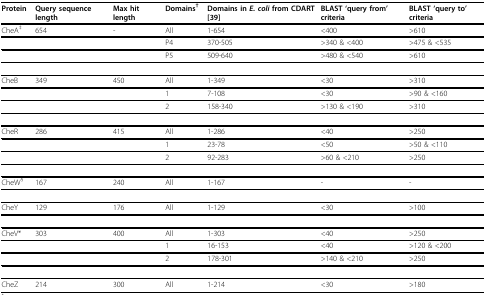
<table><thead><tr><td><b>Protein</b></td><td><b>Query sequence length</b></td><td><b>Max hit length</b></td><td><b>Domains<sup>†</sup></b></td><td><b>Domains in <i>E. coli </i>from CDART [39]</b></td><td><b>BLAST &#x27;query from&#x27; criteria</b></td><td><b>BLAST &#x27;query to&#x27; criteria</b></td></tr></thead><tbody><tr><td>CheA<sup>‡</sup></td><td>654</td><td>-</td><td>All</td><td>1-654</td><td>&lt;400</td><td>&gt;610</td></tr><tr><td></td><td></td><td></td><td>P4</td><td>370-505</td><td>&gt;340 &amp; &lt;400</td><td>&gt;475 &amp; &lt;535</td></tr><tr><td></td><td></td><td></td><td>P5</td><td>509-640</td><td>&gt;480 &amp; &lt;540</td><td>&gt;610</td></tr><tr><td>CheB</td><td>349</td><td>450</td><td>All</td><td>1-349</td><td>&lt;30</td><td>&gt;310</td></tr><tr><td></td><td></td><td></td><td>1</td><td>7-108</td><td>&lt;30</td><td>&gt;90 &amp; &lt;160</td></tr><tr><td></td><td></td><td></td><td>2</td><td>158-340</td><td>&gt;130 &amp; &lt;190</td><td>&gt;310</td></tr><tr><td>CheR</td><td>286</td><td>415</td><td>All</td><td>1-286</td><td>&lt;40</td><td>&gt;250</td></tr><tr><td></td><td></td><td></td><td>1</td><td>23-78</td><td>&lt;50</td><td>&gt;50 &amp; &lt;110</td></tr><tr><td></td><td></td><td></td><td>2</td><td>92-283</td><td>&gt;60 &amp; &lt;210</td><td>&gt;250</td></tr><tr><td>CheW<sup>§</sup></td><td>167</td><td>240</td><td>All</td><td>1-167</td><td>-</td><td>-</td></tr><tr><td>CheY</td><td>129</td><td>176</td><td>All</td><td>1-129</td><td>&lt;30</td><td>&gt;100</td></tr><tr><td>CheV*</td><td>303</td><td>400</td><td>All</td><td>1-303</td><td>&lt;40</td><td>&gt;250</td></tr><tr><td></td><td></td><td></td><td>1</td><td>16-153</td><td>&lt;40</td><td>&gt;120 &amp; &lt;200</td></tr><tr><td></td><td></td><td></td><td>2</td><td>178-301</td><td>&gt;140 &amp; &lt;210</td><td>&gt;250</td></tr><tr><td>CheZ</td><td>214</td><td>300</td><td>All</td><td>1-214</td><td>&lt;30</td><td>&gt;180</td></tr></tbody></table>